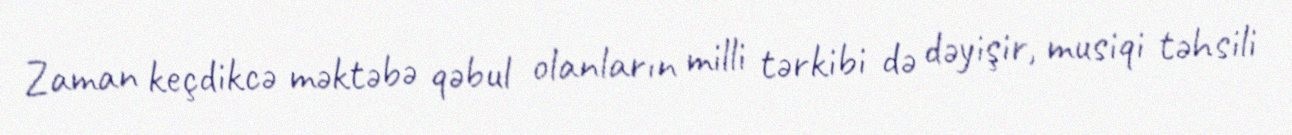
Zaman keçdikcə məktəbə qəbul olanların milli tərkibi də dəyişir, musiqi təhsili